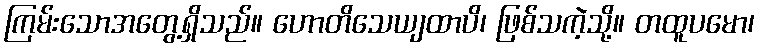
ကြမ်းသောအတွေ့ရှိသည်။ ဟောတိသေယျထာပိ၊ ဖြစ်သကဲ့သို့။ တထူပမော၊